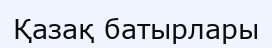
Қазақ батырлары